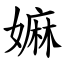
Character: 嫲